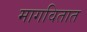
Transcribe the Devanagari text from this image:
मागवितात